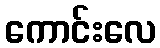
ကောင်းလေ